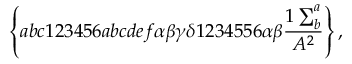
\left\{ a b c 1 2 3 4 5 6 a b c d e f \alpha \beta \gamma \delta 1 2 3 4 5 5 6 \alpha \beta \frac { 1 \sum _ { b } ^ { a } } { A ^ { 2 } } \right\} ,